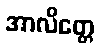
အာလိတ္တေ